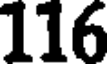
116